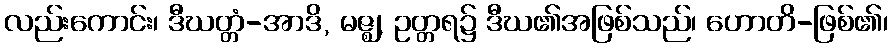
လည်းကောင်း၊ ဒီဃတ္တံ-အာဒိ, မဇ္ဈ, ဥတ္တရ၌ ဒီဃ၏အဖြစ်သည်၊ ဟောတိ-ဖြစ်၏၊